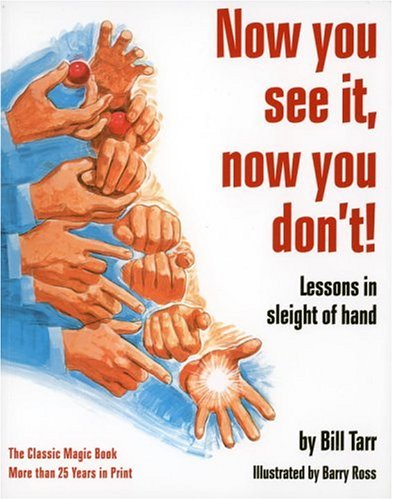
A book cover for Now You See It, Now You Don't!: Lessons in Sleight of Hand; Bill Tarr; Humor & Entertainment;